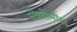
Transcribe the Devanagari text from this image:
सीलोमोंस